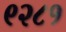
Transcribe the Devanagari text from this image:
९२८१